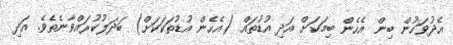
އެދުވަހުން ބިން އެހެން ބިމަކަށް އަދި އުޑުތައް (އެހެން އުޑުތަކަކަށް) ބަދަލުކުރައްވާނެތެވެ. އަދި